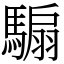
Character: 騸